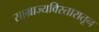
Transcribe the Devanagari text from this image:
साम्राज्यविस्तारातून